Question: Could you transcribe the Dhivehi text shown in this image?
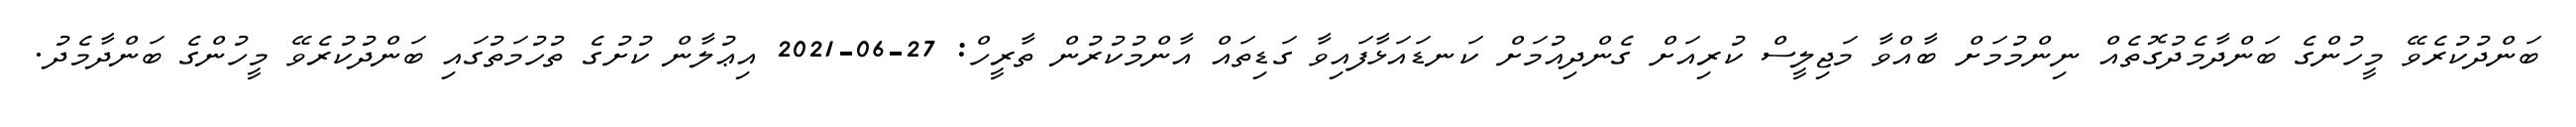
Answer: ބަންދުކުރެވޭ މީހުންގެ ބަންދާމެދުގޮތެއް ނިންމުމަށް ބާއްވާ މަޖިލީސް ކުރިއަށް ގެންދިއުމަށް ކަނޑައަޅާފައިވާ ގަޑިތައް އާންމުކުރުން ތާރީހް: 27-06-2021 އިޢުލާން ކުށުގެ ތުހުމަތުގައި ބަންދުކުރެވޭ މީހުންގެ ބަންދާމެދު.